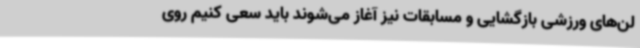
لن‌های ورزشی بازگشایی و مسابقات نیز آغاز می‌شوند باید سعی کنیم روی